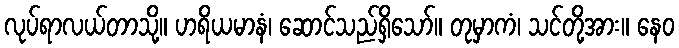
လုပ်ရာလယ်တာသို့။ ဟရိယမာနံ၊ ဆောင်သည်ရှိသော်။ တုမှာကံ၊ သင်တို့အား။ နေဝ